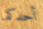
أحدكما